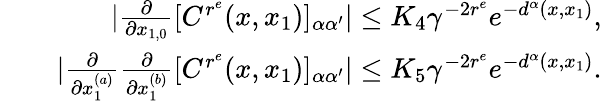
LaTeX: \begin{array}{rlr}&{}&{|\frac{\partial}{\partial{x_{1,0}}}[C^{r^{e}}(x,x_{1})]_{\alpha\alpha^{\prime}}|\le K_{4}\gamma^{-2r^{e}}e^{-d^{\alpha}(x,x_{1})},}\\ &{}&{|\frac{\partial}{\partial{x_{1}^{(a)}}}\frac{\partial}{\partial{x_{1}^{(b)}}}[C^{r^{e}}(x,x_{1})]_{\alpha\alpha^{\prime}}|\le K_{5}\gamma^{-2r^{e}}e^{-d^{\alpha}(x,x_{1})}.}\end{array}